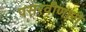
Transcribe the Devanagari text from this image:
पसरवीणारी